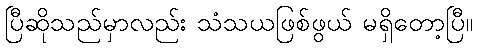
ပြီဆိုသည်မှာလည်း သံသယဖြစ်ဖွယ် မရှိတော့ပြီ။